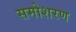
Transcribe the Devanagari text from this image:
समोशरण